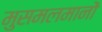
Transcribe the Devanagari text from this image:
मुसमलमानों